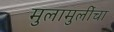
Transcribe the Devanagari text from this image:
मुलामुलींचा